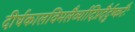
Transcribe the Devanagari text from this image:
दीर्घकालविमलैर्व्यादिप्रदैर्दुष्करैः